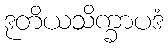
ဒုတိယသိက္ခာပဒံ